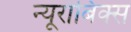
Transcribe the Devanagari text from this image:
न्यूरोबिक्स